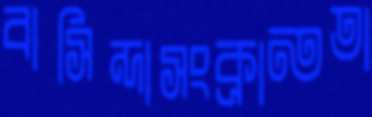
বাসিন্দাসংক্রান্ততা